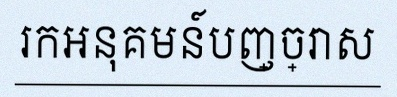
រកអនុគមន៍បញ្ច្រាស